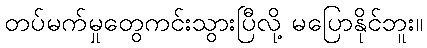
တပ်မက်မှုတွေကင်းသွားပြီလို့ မပြောနိုင်ဘူး။